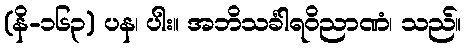
(နိ-၁၆၃) ပန၊ ပါး။ အဘိသင်္ခါရဝိညာဏံ၊ သည်။